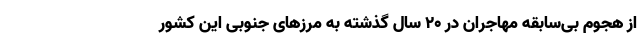
از هجوم بی‌سابقه مهاجران در 20 سال گذشته به مرزهای جنوبی این کشور